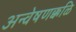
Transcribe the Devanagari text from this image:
अन्वेषणक्कळि